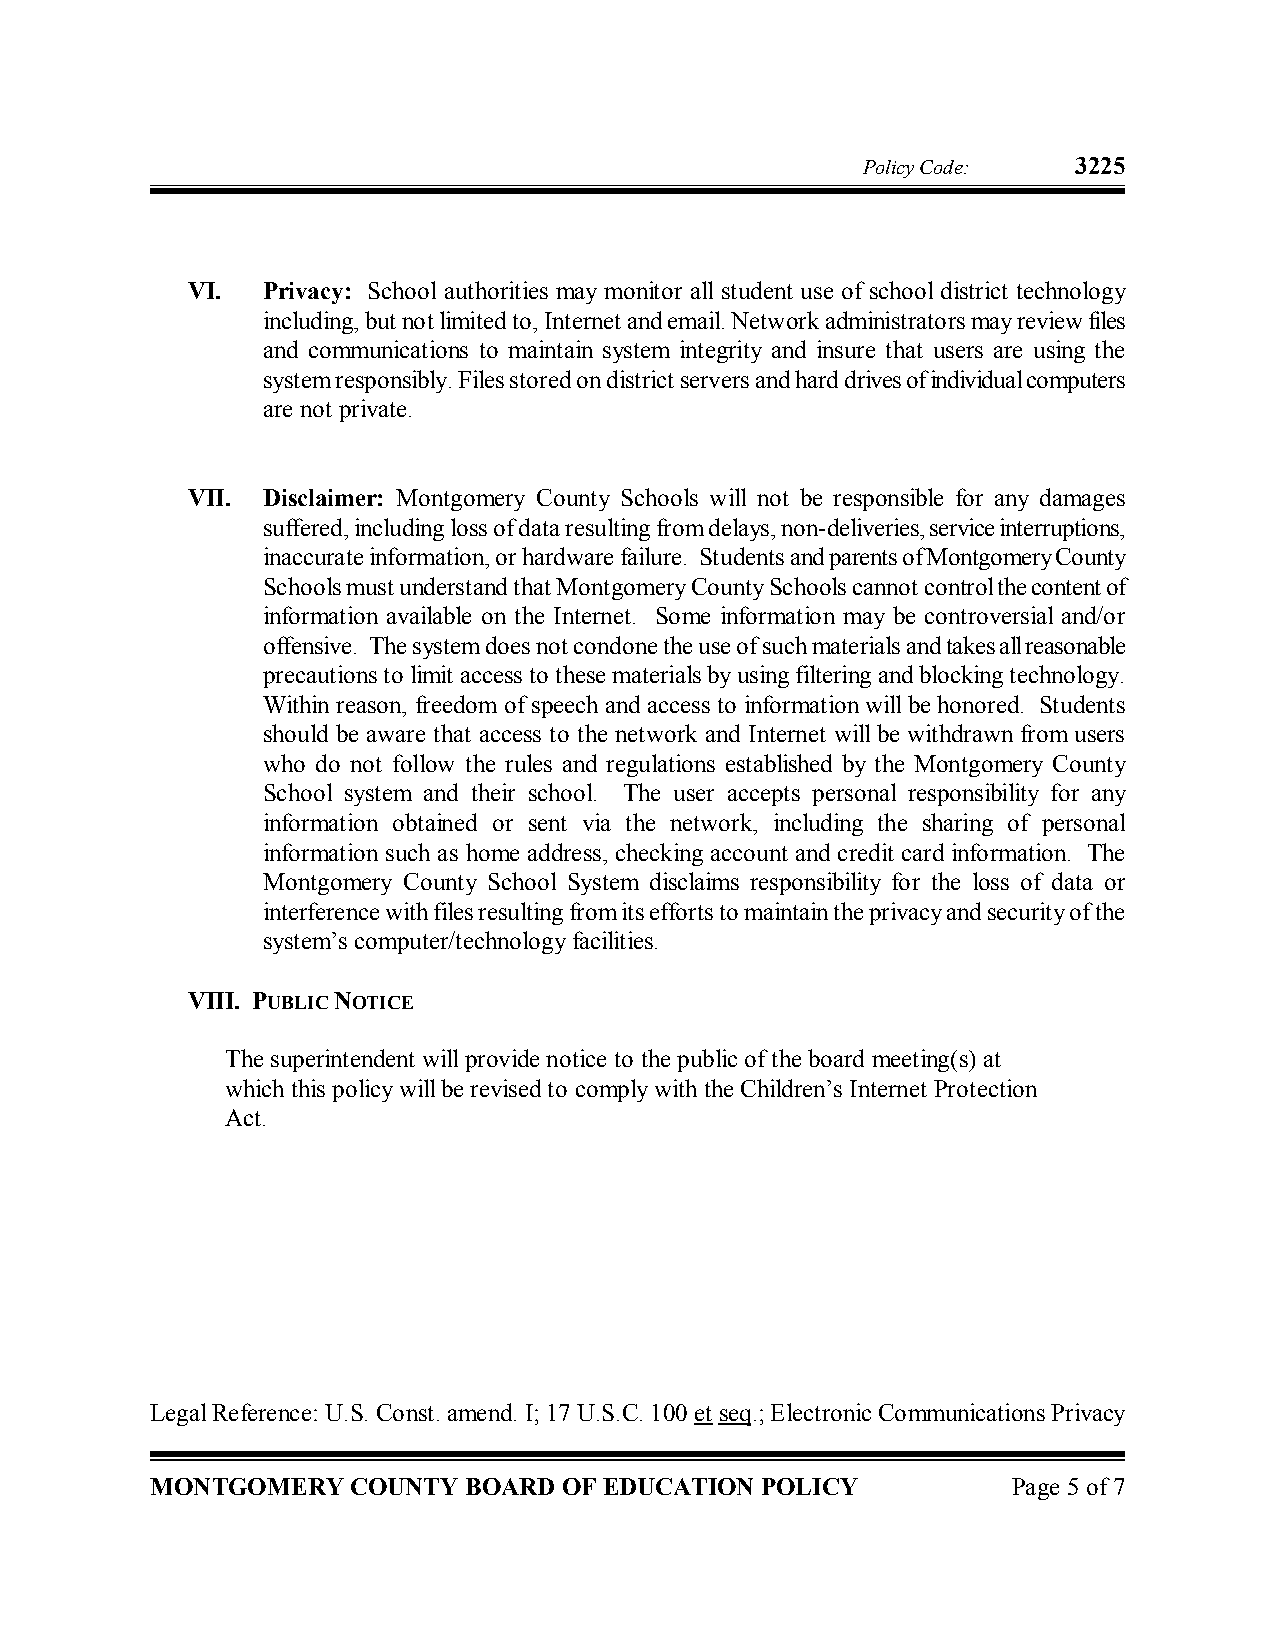
Policy Code:  3225
 VI.  Privacy: School authorities may monitor all student use ofschool district technology
 including, butnotlimited to, Internet and email.Network administrators may review files
 and communications to maintain system integrity and insure that users are using the
 system responsibly.Files stored on district servers and hard drives of individual computers
 are not private.
 VII. Disclaimer: Montgomery County Schools will not be responsible for any damages
 suffered, including loss of data resulting from delays, non­deliveries, service interruptions,
 inaccurate information, or hardware failure. Students and parentsofMontgomery County
 Schoolsmust understand thatMontgomery County Schoolscannot control the content of
 information available on the Internet. Some information may be controversial and/or
 offensive. The system does not condone the use of such materials and takes all reasonable
 precautions to limit access to these materials by using filtering and blocking technology.
 Within reason, freedom of speech and access to information will be honored. Students
 should be aware that access to the network and Internet will be withdrawn from users
 who do not follow the rules and regulations established by the Montgomery County
 School system and their school. The user accepts personal responsibility for any
 information obtained or sent via the network, including the sharing of personal
 information such as home address, checking account and credit card information. The
 Montgomery County School System disclaims responsibility for the loss of data or
 interference with files resulting from its efforts to maintain the privacy and security of the
 system’s computer/technology facilities.
 VIII. PUBLIC NOTICE
 The superintendent will provide notice to the public of the board meeting(s) at
 which this policy will be revised to comply with the Children’s Internet Protection
 Act.
 Legal Reference: U.S. Const. amend. I; 17 U.S.C. 100et seq.; Electronic Communications Privacy
 MONTGOMERY   COUNTY  BOARD OF EDUCATION POLICY           Page 5 of7